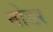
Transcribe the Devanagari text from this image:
नोडर